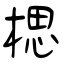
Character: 楒